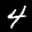
Label: 4